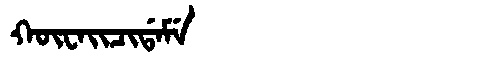
Manchu: ᡴᡡᠸᠠᡳᠴᡳᡩᠠᠮᡝ
Romanization: KŪWAICIDAME